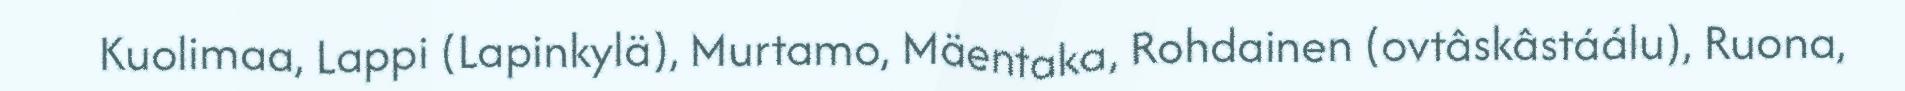
Kuolimaa, Lappi (Lapinkylä), Murtamo, Mäentaka, Rohdainen (ovtâskâstáálu), Ruona,